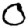
Digit: 0